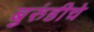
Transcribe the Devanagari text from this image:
बुरुंडीचे